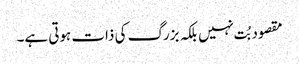
مقصود بُت نہیں بلکہ بزرگ کی ذات ہوتی ہے۔